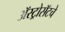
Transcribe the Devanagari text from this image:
ॲस्ट्रोसॅटचे